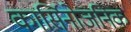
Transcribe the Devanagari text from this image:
कार्सिनोजनिक